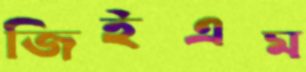
জিইএম